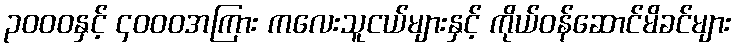
၃၀၀၀နှင့် ၄၀၀၀အကြား ကလေးသူငယ်များနှင့် ကိုယ်ဝန်ဆောင်မိခင်များ